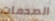
الصدمات